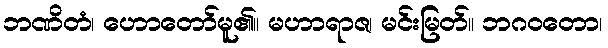
ဘဏိတံ၊ ဟောတော်မူ၏။ မဟာရာဇ၊ မင်းမြတ်။ ဘဂဝတော၊